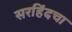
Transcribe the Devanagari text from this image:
सरहिंदचा